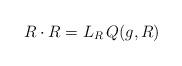
LaTeX: \begin{align*}R \cdot R = L_R\, Q(g,R) \end{align*}